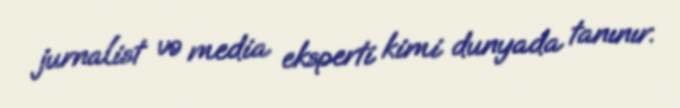
jurnalist və media eksperti kimi dunyada tanınır.